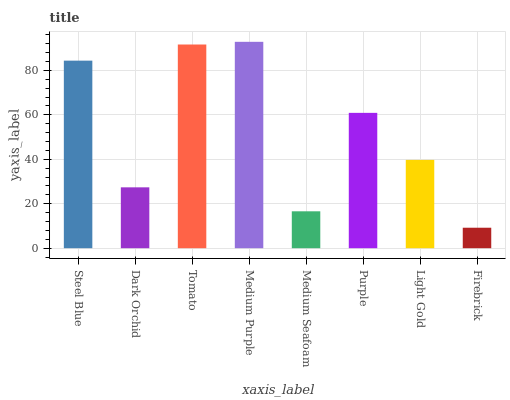
| xaxis_label | bars |
 | --- | --- |
 | Steel Blue | 84.4 |
 | Dark Orchid | 27.4 |
 | Tomato | 91.6 |
 | Medium Purple | 92.8 |
 | Medium Seafoam | 16.6 |
 | Purple | 60.9 |
 | Light Gold | 39.7 |
 | Firebrick | 9.21 |